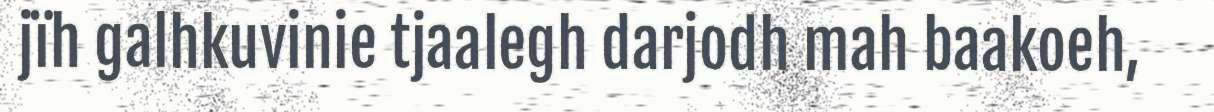
jïh galhkuvinie tjaalegh darjodh mah baakoeh,